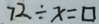
7 2 \div x = \square